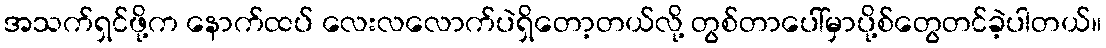
အသက်ရှင်ဖို့က နောက်ထပ် လေးလလောက်ပဲရှိတော့တယ်လို့ တွစ်တာပေါ်မှာပို့စ်တွေတင်ခဲ့ပါတယ်။